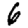
Digit: 6